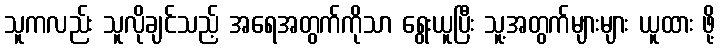
သူကလည်း သူလိုချင်သည့် အရေအတွက်ကိုသာ ရွေးယူပြီး သူ့အတွက်များများ ယူထား ဖို့